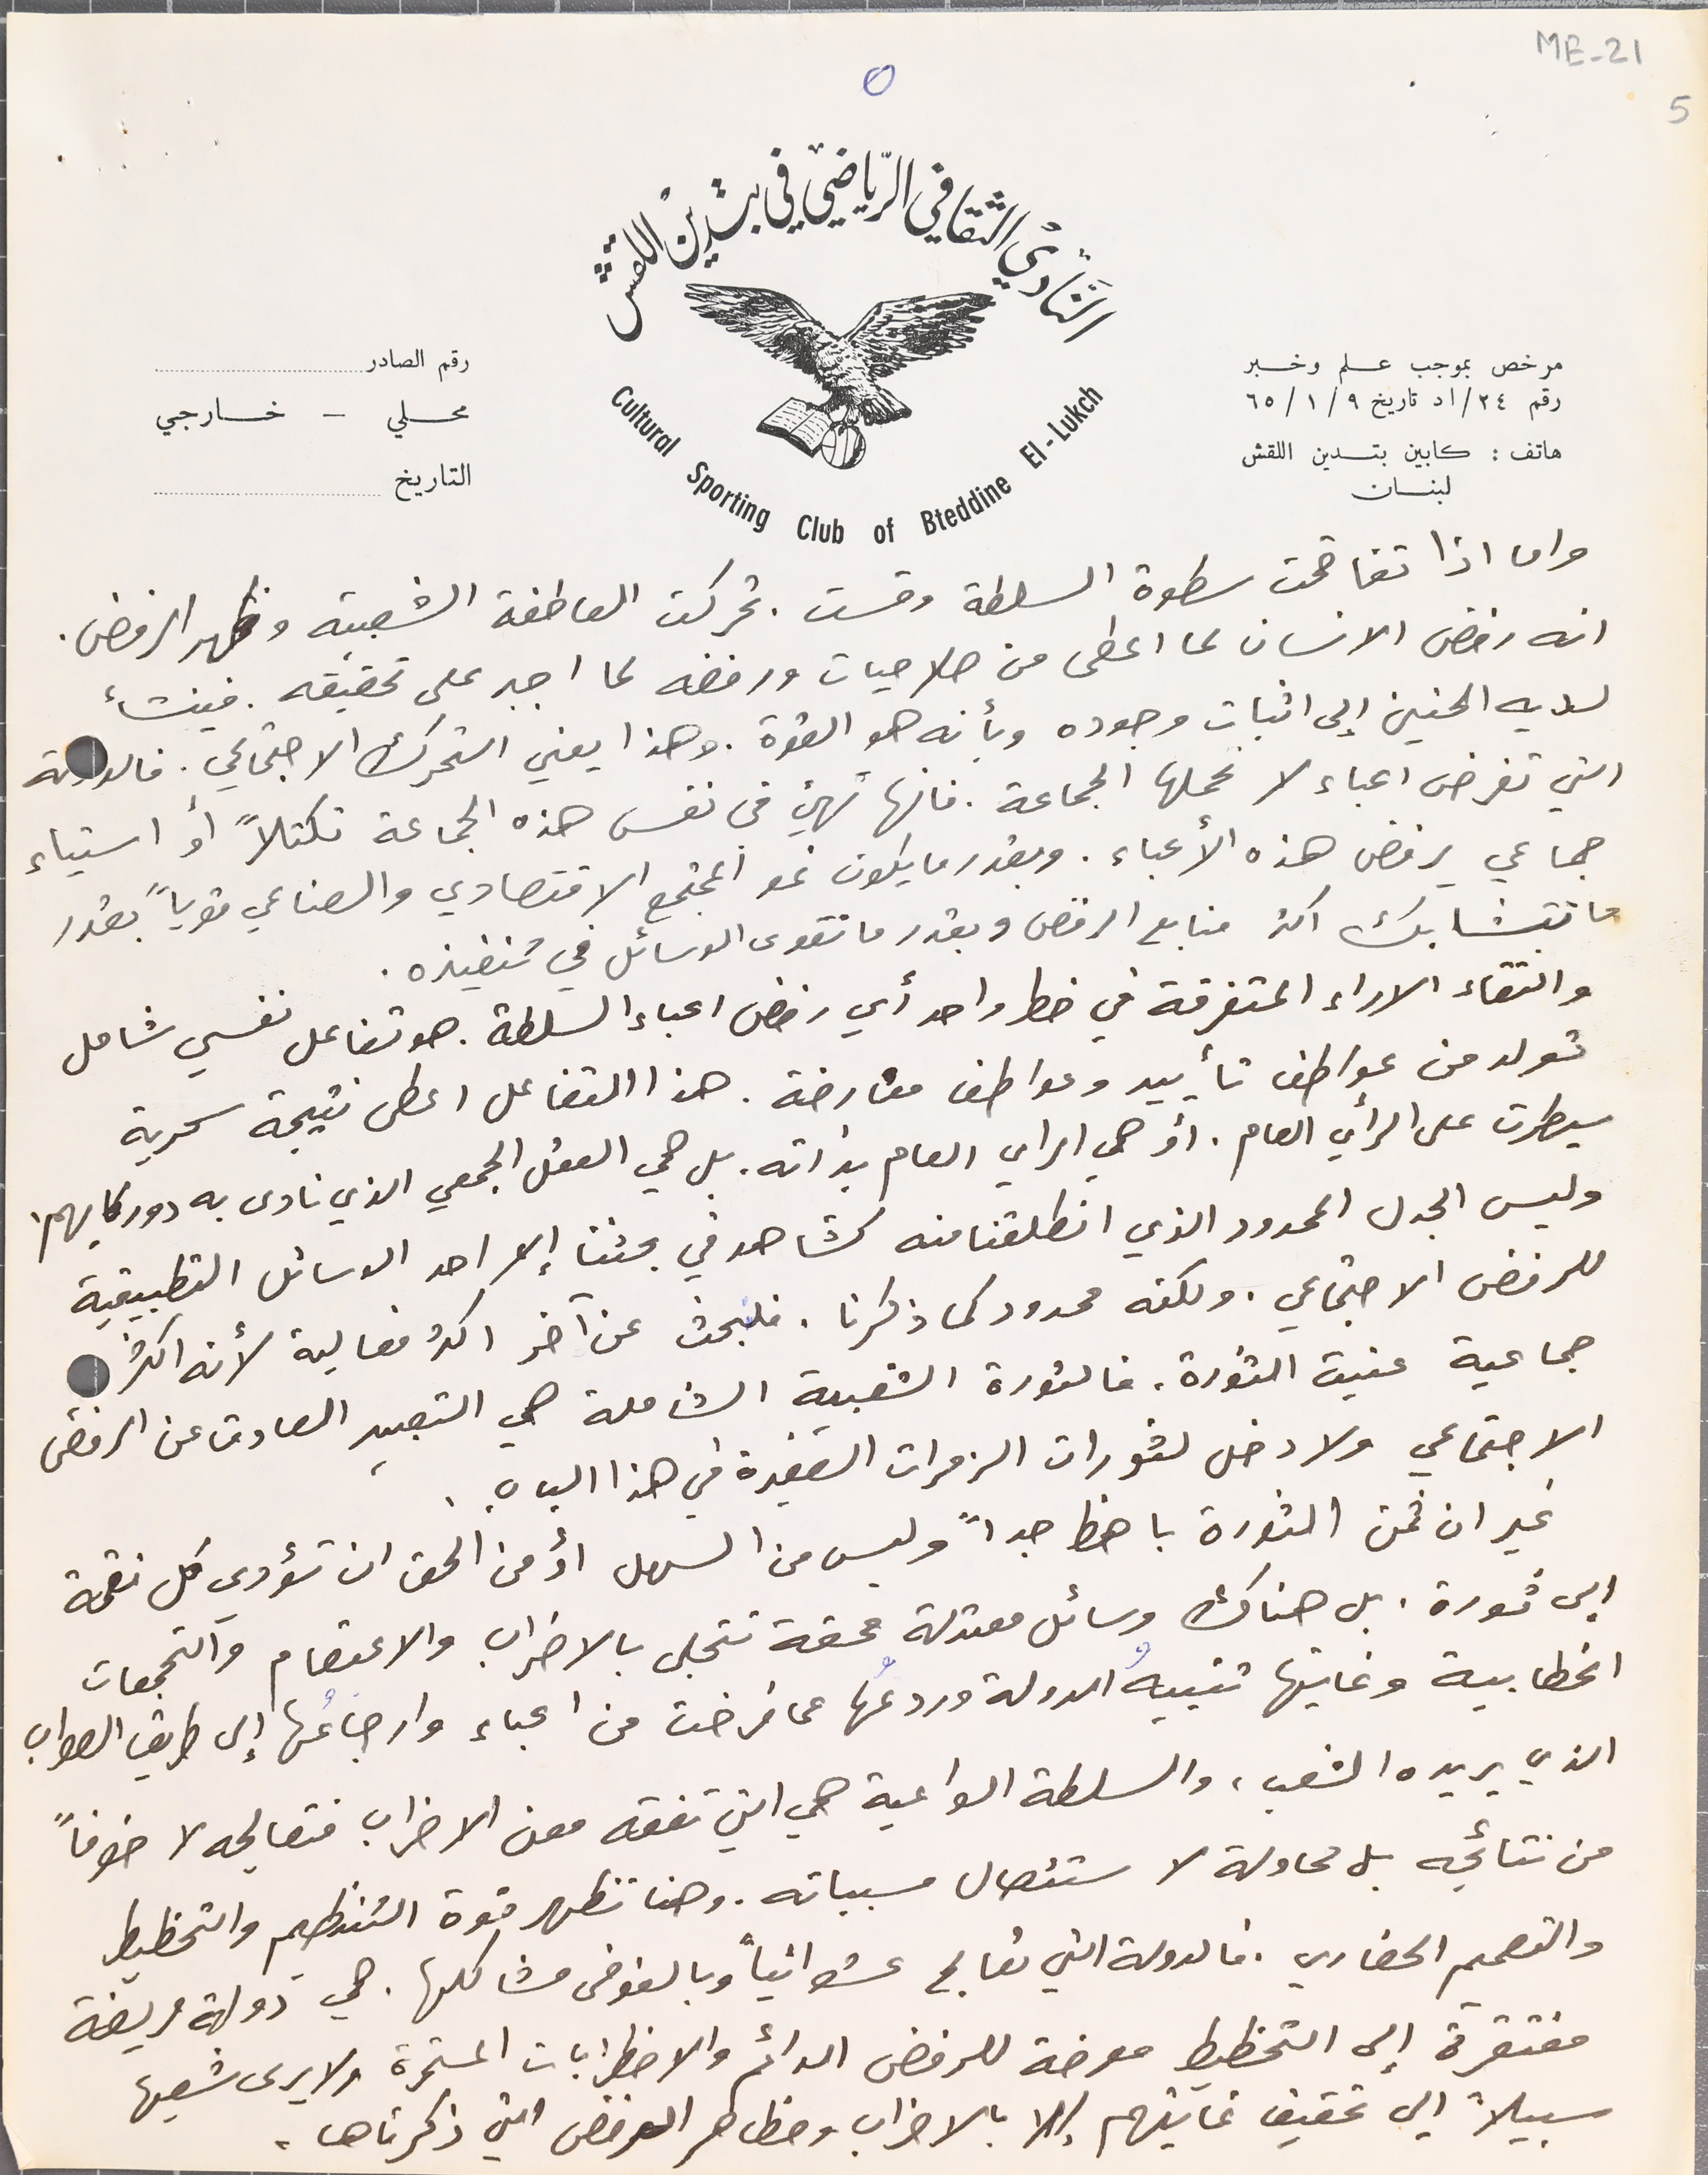
رقم الصادر
محلي – خارجي
التاريخ
اذا تفاقمت سطوة السلطة وقست. تحركت العاطفة الشعبية وظهر الرفض.
انه رفض الانسان لما اعطى من صلاحيات ورفضه لما اجبر على تحقيقه. فينشأ
لديه الحنين إلى اثبات وجوده وبأنه هو القوة. وهذا يعني التحرك الاجتماعي. فالدولة
التي تفرض اعباء لا تحملها الجماعة. فانها تهيئ فى نفس هذه الجماعة تكتلاً او استياء
جماعي يرفض هذه الأعباء. وبقدر ما يكون نمو المجتمع الاقتصادي والصناعي قوياً بقدر
 ما تتشابك اكثر منابع الرفض وبقدر ما تقوى الوسائل في تنفيذه.
 والتقاء الاراء المتفرقة في خطر واحد أي رفض اعباء السلطة. هو تفاعل نفسي شامل
 تولد من عواطف تأييد وعواطف معارضة. هذا التفاعل اعطى نتيجة سحرية
 سيطرت على الرأي العام. او هي الراي العام بذاته. بل هي العقل الجمعي الذي نادى به دوركايهم.
 وليس الجدل المحدود الذي انطلقنا منه كشاهد في بحثنا إلا احد الوسائل التطبيقية
للرفض الاجتماعي. ولكنه محدود كما ذكرنا. فلبحث عن آخر اكثر فعالية لأنه اكثر
 جماعية عنيت الثورة، فالثورة الشعبية الشاملة هي التعبير الصادق عن الرفض
الاجتماعي ولا دخل لثورات الزمرات الصغيرة في هذا الباب.
غير ان ثمن الثورة باهظ جداً وليس من السهل اّ من الحق ان تؤدي كل نقمة
الي ثورة. بل هناك وسائل معتدلة محقة تتجلى بالاضراب والاعتصام والتجمعات
الخطابية وغايتها تنبيهُ الدولة وردعُها عما فرضت من اعباء وارجاعُها إلى طريق الصواب
الذي يريده الشعب، والسلطة الواعية هي التي تفقه معنى الاضراب فتعالجه لا خوفاً
 من نتائجه بل محاولة لاستئصال مسبباته. وهنا تظهر قوة التنظيم والتخطيط
والتصميم الحضاري. فالدولة التي تعالج عشوانياً وبالفوضى مشاكلها. هي دولة مريضة
مرخص بموجب علم وخبر رقم ٢٤/اد تاريخ ٩/ ١/ ٦٥
هاتف : كابين بتدين اللقش لبنان
ME-21 5
٥
النَادي الثقافي الرياضي في بتدين اللقش
مفتقرة إلى التخطيط معرضة للرفض الدائم والاضطرابات المستمرة ولا يرى شعبها
سبيلاً إلى تحقيق غايتهم إلا بالاضراب ومظاهر الرفض التي ذكرناها